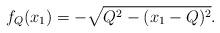
LaTeX: \begin{align*}f_Q(x_1)=-\sqrt{Q^2-(x_1-Q)^2}.\end{align*}